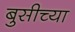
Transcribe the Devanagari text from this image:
बुसीच्या